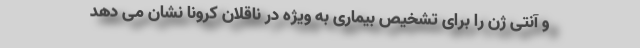
و آنتی ژن را برای تشخیص بیماری به ویژه در ناقلان کرونا نشان می دهد